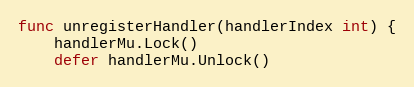
Language: Go
func unregisterHandler(handlerIndex int) {
	handlerMu.Lock()
	defer handlerMu.Unlock()